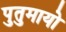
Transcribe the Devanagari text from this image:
पुतुमायो